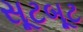
સૂટબૂટ